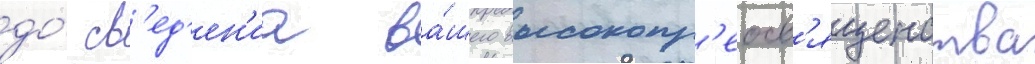
до́ св'ед'ен'иа ва́шего высокопр'еосв'ященства